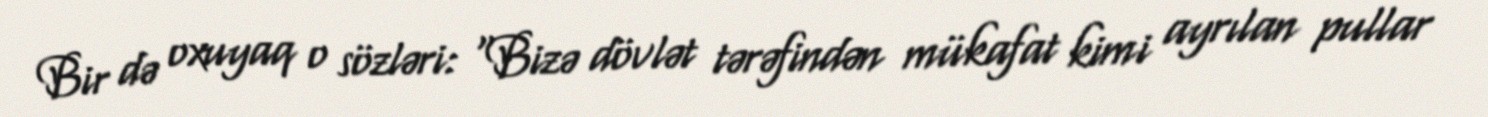
Bir də oxuyaq o sözləri: “Bizə dövlət tərəfindən mükafat kimi ayrılan pullar